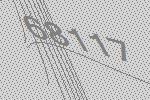
68117